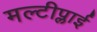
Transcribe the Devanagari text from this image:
मल्टीप्लाई